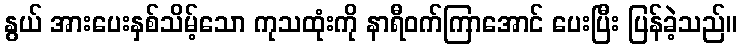
နွယ် အားပေးနှစ်သိမ့်သော ကုသထုံးကို နာရီဝက်ကြာအောင် ပေးပြီး ပြန်ခဲ့သည်။